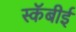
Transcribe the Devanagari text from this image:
स्कॅबीई